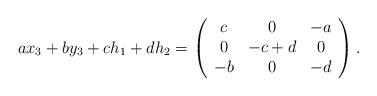
LaTeX: \begin{align*}ax_3+by_3+ch_1+dh_2= \left(\begin{array}{ccc}c & 0 & -a \\ 0 & -c+d & 0 \\ -b& 0 &-d \end{array}\right).\end{align*}